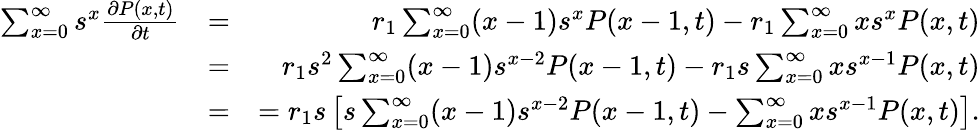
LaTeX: \begin{array}{rlr}{\sum_{x=0}^{\infty}s^{x}\frac{\partial P(x,t)}{\partial t}}&{=}&{r_{1}\sum_{x=0}^{\infty}(x-1)s^{x}P(x-1,t)-r_{1}\sum_{x=0}^{\infty}xs^{x}P(x,t)}\\ &{=}&{r_{1}s^{2}\sum_{x=0}^{\infty}(x-1)s^{x-2}P(x-1,t)-r_{1}s\sum_{x=0}^{\infty}xs^{x-1}P(x,t)}\\ &{=}&{=r_{1}s\left[s\sum_{x=0}^{\infty}(x-1)s^{x-2}P(x-1,t)-\sum_{x=0}^{\infty}xs^{x-1}P(x,t)\right].}\end{array}